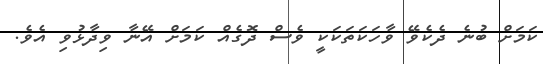
ކަމަށް ބުނެ ދެކެވޭ ވާހަކަތަކަކީ ވެސް ދޮގެއް ކަމަށް އޭނާ ވިދާޅުވި އެވެ.